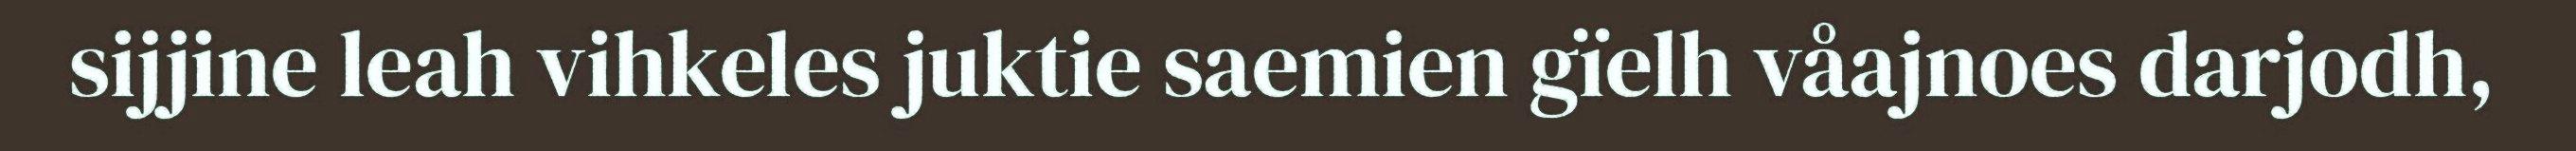
sijjine leah vihkeles juktie saemien gïelh våajnoes darjodh,